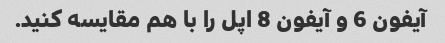
آیفون 6 و آیفون 8 اپل را با هم مقایسه کنید.